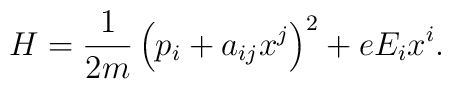
H = \frac{1}{2m}\left(p_i+a_{ij}x^j\right)^2 + eE_{i}x^i.